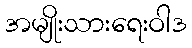
အမျိုးသားရေးဝါဒ